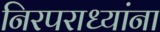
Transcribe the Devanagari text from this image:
निरपराध्यांना